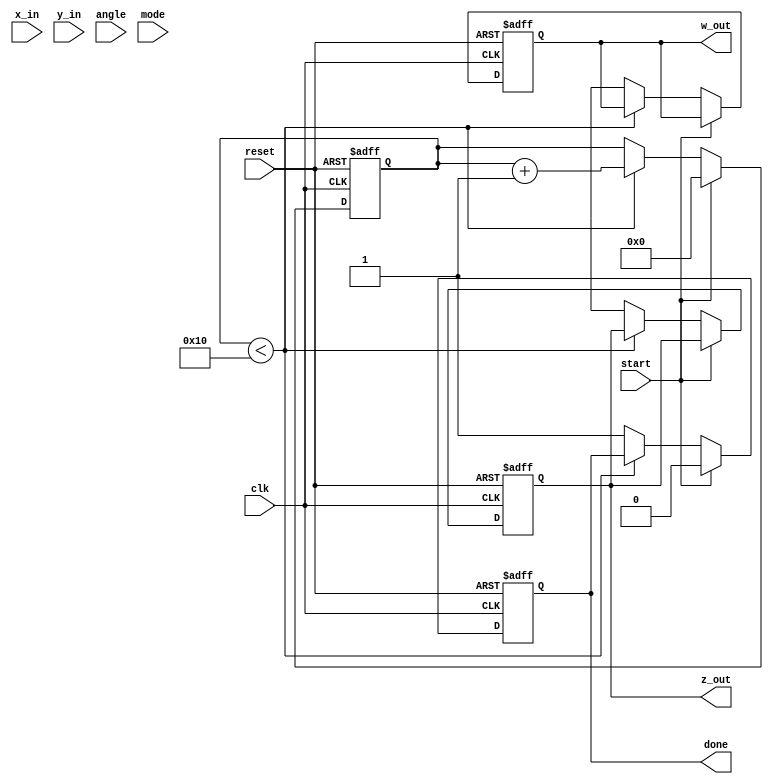
module complex_cordic (
    input wire clk,
    input wire reset,
    input wire start,
    input wire [15:0] x_in, // Real part input
    input wire [15:0] y_in, // Imaginary part input
    input wire [15:0] angle, // Angle input for rotation
    input wire mode, // 0 for rotation, 1 for vectoring
    output reg [15:0] z_out, // Real part output
    output reg [15:0] w_out, // Imaginary part output
    output reg done // Operation done flag
);

    // CORDIC parameters
    parameter NUM_ITERATIONS = 16;
    reg [15:0] x [0:NUM_ITERATIONS-1];
    reg [15:0] y [0:NUM_ITERATIONS-1];
    reg [15:0] angle_table [0:NUM_ITERATIONS-1];
    reg [3:0] iteration_count;
    reg [15:0] current_angle;
    reg [15:0] x_temp, y_temp;

    // Initialize angle table (fixed-point representation)
    initial begin
        angle_table[0] = 16'h26DD; // atan(2^-0)
        angle_table[1] = 16'h1C71; // atan(2^-1)
        angle_table[2] = 16'h14AE; // atan(2^-2)
        angle_table[3] = 16'h0F32; // atan(2^-3)
        angle_table[4] = 16'h07E4; // atan(2^-4)
        angle_table[5] = 16'h03E8; // atan(2^-5)
        angle_table[6] = 16'h01FB; // atan(2^-6)
        angle_table[7] = 16'h00FF; // atan(2^-7)
        angle_table[8] = 16'h007F; // atan(2^-8)
        angle_table[9] = 16'h003F; // atan(2^-9)
        angle_table[10] = 16'h001F; // atan(2^-10)
        angle_table[11] = 16'h000F; // atan(2^-11)
        angle_table[12] = 16'h0007; // atan(2^-12)
        angle_table[13] = 16'h0003; // atan(2^-13)
        angle_table[14] = 16'h0001; // atan(2^-14)
        angle_table[15] = 16'h0000; // atan(2^-15)
    end

    // State machine for CORDIC operation
    always @(posedge clk or posedge reset) begin
        if (reset) begin
            z_out <= 0;
            w_out <= 0;
            done <= 0;
            iteration_count <= 0;
            current_angle <= 0;
        end else if (start) begin
            // Initialize inputs
            x[0] <= x_in;
            y[0] <= y_in;
            current_angle <= angle;
            iteration_count <= 0;
            done <= 0;
        end else if (iteration_count < NUM_ITERATIONS) begin
            // CORDIC iteration
            if (mode == 0) begin // Rotation mode
                if (current_angle >= 0) begin
                    x_temp <= x[iteration_count] - (y[iteration_count] >>> iteration_count);
                    y_temp <= y[iteration_count] + (x[iteration_count] >>> iteration_count);
                    current_angle <= current_angle - angle_table[iteration_count];
                end else begin
                    x_temp <= x[iteration_count] + (y[iteration_count] >>> iteration_count);
                    y_temp <= y[iteration_count] - (x[iteration_count] >>> iteration_count);
                    current_angle <= current_angle + angle_table[iteration_count];
                end
            end else begin // Vectoring mode
                if (y[iteration_count] < 0) begin
                    x_temp <= x[iteration_count] + (y[iteration_count] >>> iteration_count);
                    y_temp <= y[iteration_count] - (x[iteration_count] >>> iteration_count);
                    current_angle <= current_angle + angle_table[iteration_count];
                end else begin
                    x_temp <= x[iteration_count] - (y[iteration_count] >>> iteration_count);
                    y_temp <= y[iteration_count] + (x[iteration_count] >>> iteration_count);
                    current_angle <= current_angle - angle_table[iteration_count];
                end
            end

            // Update values for next iteration
            x[iteration_count + 1] <= x_temp;
            y[iteration_count + 1] <= y_temp;
            iteration_count <= iteration_count + 1;
        end else begin
            // Output results
            z_out <= x[NUM_ITERATIONS];
            w_out <= y[NUM_ITERATIONS];
            done <= 1;
        end
    end
endmodule